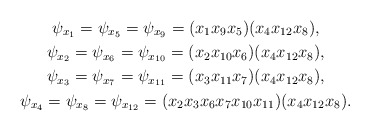
\begin{gather*} \psi_{x_1}=\psi_{x_5}=\psi_{x_9}=(x_1x_9x_5)(x_4x_{12}x_8),\\ \psi_{x_2}=\psi_{x_6}=\psi_{x_{10}}=(x_2x_{10}x_6)(x_4x_{12}x_8),\\ \psi_{x_3}=\psi_{x_7}=\psi_{x_{11}}=(x_3x_{11}x_7)(x_4x_{12}x_8),\\\psi_{x_4}=\psi_{x_8}=\psi_{x_{12}}=(x_2x_3x_6x_7x_{10}x_{11})(x_4x_{12}x_8).\end{gather*}